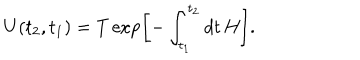
LaTeX: U ( t _ { 2 } , t _ { 1 } ) = T \exp \left[ - \int _ { t _ { 1 } } ^ { t _ { 2 } } d t \, H \right] .